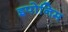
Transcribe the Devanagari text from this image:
इपोनिम